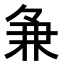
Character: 𬻵